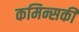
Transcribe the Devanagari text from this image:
कमिन्सकी